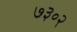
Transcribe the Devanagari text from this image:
७३०२